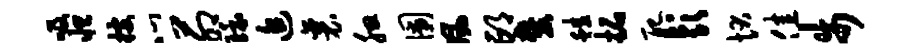
吸怛搜心茆环追襄腮圃风邙麓蛙拓配彭状佳步